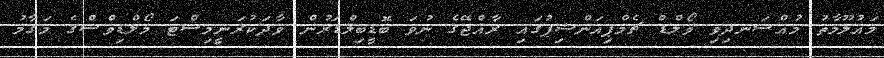
މައުލޫމާތު މުއްސަނދިވި ވޯލްޑް ޗެމްޕިއަންޝިޕުގައި ރާއްޖޭގެ ނުވަ ބޮޑީބިލްޑަރުން ވާދަކުރަނީމިސްޓަ މޯލްޑިވްސްގެ މަގާމު